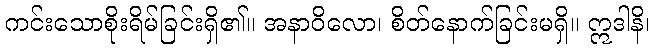
ကင်းသောစိုးရိမ်ခြင်းရှိ၏။ အနာဝိလော၊ စိတ်နောက်ခြင်းမရှိ။ ဣဒါနိ၊